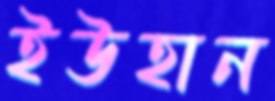
ইউহান